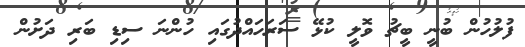
ފުލުހުން ބުނީ ބީޗު ވޮލީ ކުޅޭ ސަރަހައްދުގައި ހުންނަ ސިޑި ބަރި ދަށުން